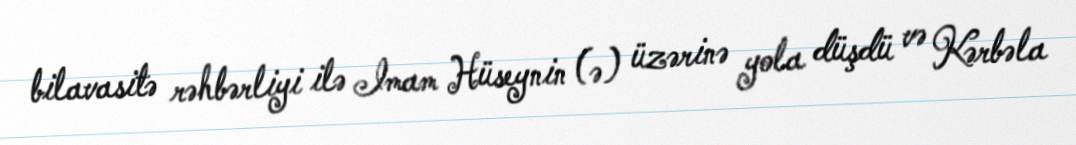
bilavasitə rəhbərliyi ilə Imam Hüseynin (ə) üzərinə yola düşdü və Kərbəla